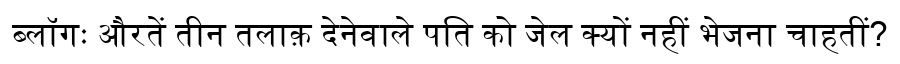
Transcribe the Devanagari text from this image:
ब्लॉगः औरतें तीन तलाक़ देनेवाले पति को जेल क्यों नहीं भेजना चाहतीं?